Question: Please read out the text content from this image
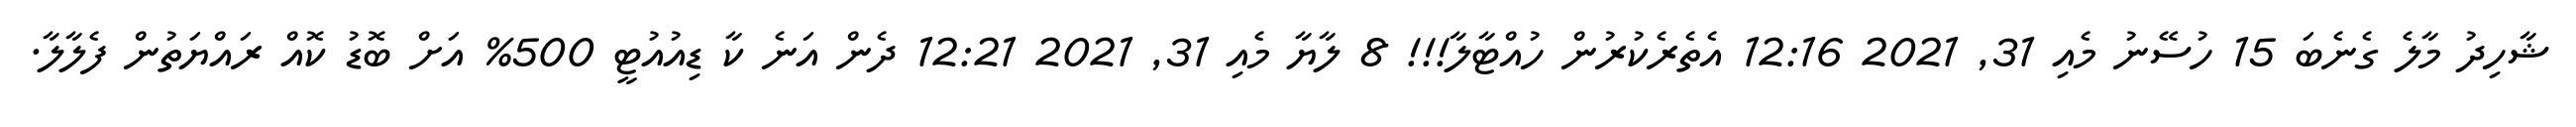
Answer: ޝާހިދު މާލެ ގެނެބަ 15 ހުސޭނު މެއި 31, 2021 12:16 އެތެރެކުރުން ހުއްޓާލާ!!! 8 ލާޔާ މެއި 31, 2021 12:21 ދެން އަނެ ކާ ޑިއުއުޓީ 500% އަށް ބޮޑު ކޮއް ރައްޔަތުން ފެލާލާ.